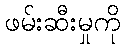
ဖမ်းဆီးမှုကို